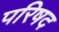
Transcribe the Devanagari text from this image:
परिषद